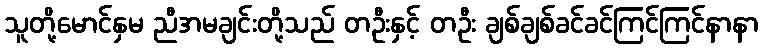
သူတို့မောင်နှမ ညီအမချင်းတို့သည် တဦးနှင့် တဦး ချစ်ချစ်ခင်ခင်ကြင်ကြင်နာနာ